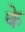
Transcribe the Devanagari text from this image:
के